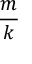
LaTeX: \frac { m } { k }